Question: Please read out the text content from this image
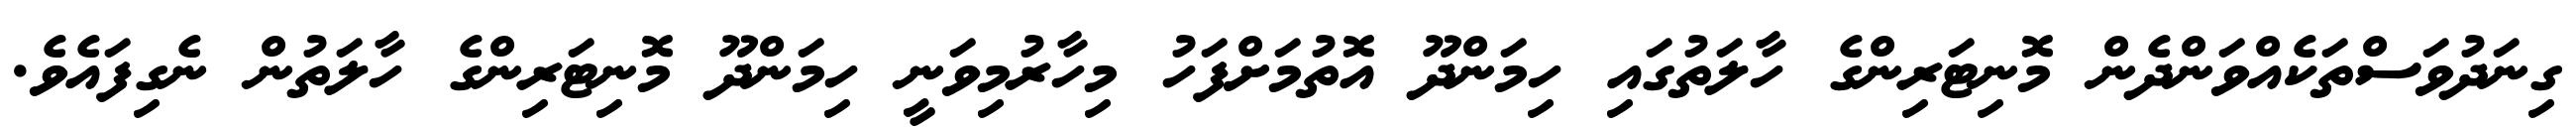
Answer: ގިނަދުވަސްތަކެއްވަންދެން މޮނިޓަރިންގެ ހާލަތުގައި ހިމަންދޫ އޮތުމަށްފަހު މިހާރުމިވަނީ ހިމަންދޫ މޮނިޓަރިންގެ ހާލަތުން ނެގިފައެވެ.